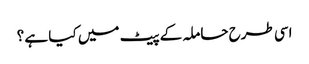
اسی طرح حاملہ کے پیٹ میں کیا ہے ؟